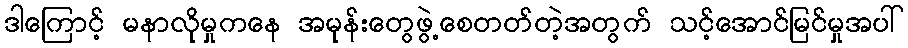
ဒါကြောင့် မနာလိုမှုကနေ အမုန်းတွေဖွဲ့စေတတ်တဲ့အတွက် သင့်အောင်မြင်မှုအပါ်